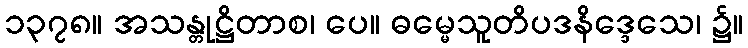
၁၃၇၈။ အသန္တုဋ္ဌိတာစ၊ ပေ။ ဓမ္မေသူတိပဒနိဒ္ဒေသေ၊ ၌။